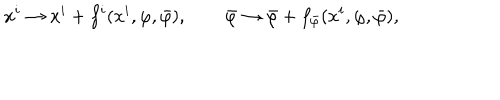
x ^ { i } \to x ^ { i } + f ^ { i } ( x ^ { i } , \varphi , \bar { \varphi } ) , \qquad \bar { \varphi } \to \bar { \varphi } + f _ { \bar { \varphi } } ( x ^ { i } , \varphi , \bar { \varphi } ) ,